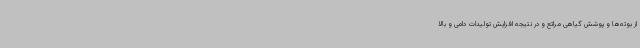
از بوته‌ها و پوشش گیاهی مراتع و در نتیجه افزایش تولیدات دامی و بالا